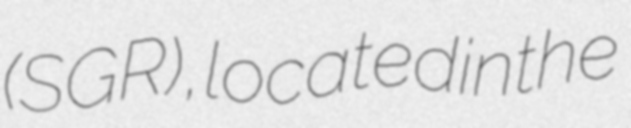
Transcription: (SGR), located in the